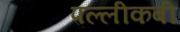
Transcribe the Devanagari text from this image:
पल्लीकबी